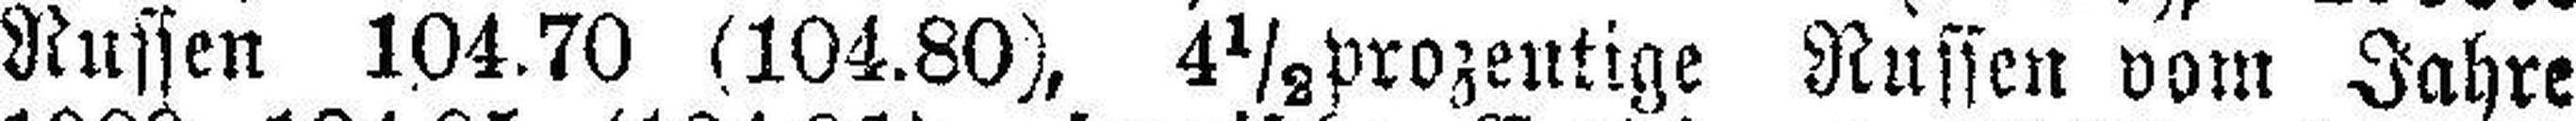
Russen 104.70 (104.80), 4½prozentige Russen vom Jahre